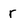
Character: r